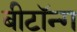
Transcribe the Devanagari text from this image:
बीटॉन्ग